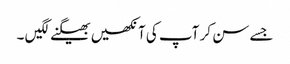
جسے سن کر آپ کی آنکھیں بھیگنے لگیں ۔